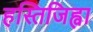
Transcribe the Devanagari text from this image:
हस्तिजिह्वा